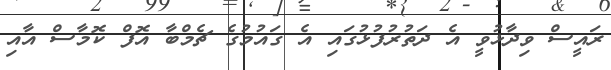
ރައީސް ވިދާޅުވީ އެ ދަތުރުފުޅުގައި އެ ގައުމުގެ ޗެމްބާ އޮފް ކޮމާސް އާއި